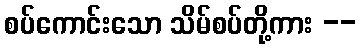
စပ်ကောင်းသော သိမ်စပ်တို့ကား --